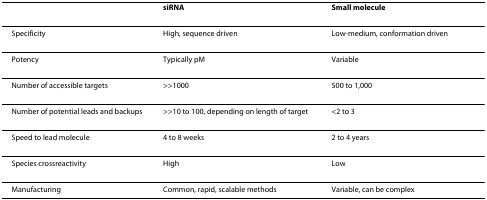
<table><thead><tr><td></td><td><b>siRNA</b></td><td><b>Small molecule</b></td></tr></thead><tbody><tr><td>Specificity</td><td>High, sequence driven</td><td>Low-medium, conformation driven</td></tr><tr><td>Potency</td><td>Typically pM</td><td>Variable</td></tr><tr><td>Number of accessible targets</td><td>&gt;&gt;1000</td><td>500 to 1,000</td></tr><tr><td>Number of potential leads and backups</td><td>&gt;&gt;10 to 100, depending on length of target</td><td>&lt;2 to 3</td></tr><tr><td>Speed to lead molecule</td><td>4 to 8 weeks</td><td>2 to 4 years</td></tr><tr><td>Species crossreactivity</td><td>High</td><td>Low</td></tr><tr><td>Manufacturing</td><td>Common, rapid, scalable methods</td><td>Variable, can be complex</td></tr></tbody></table>